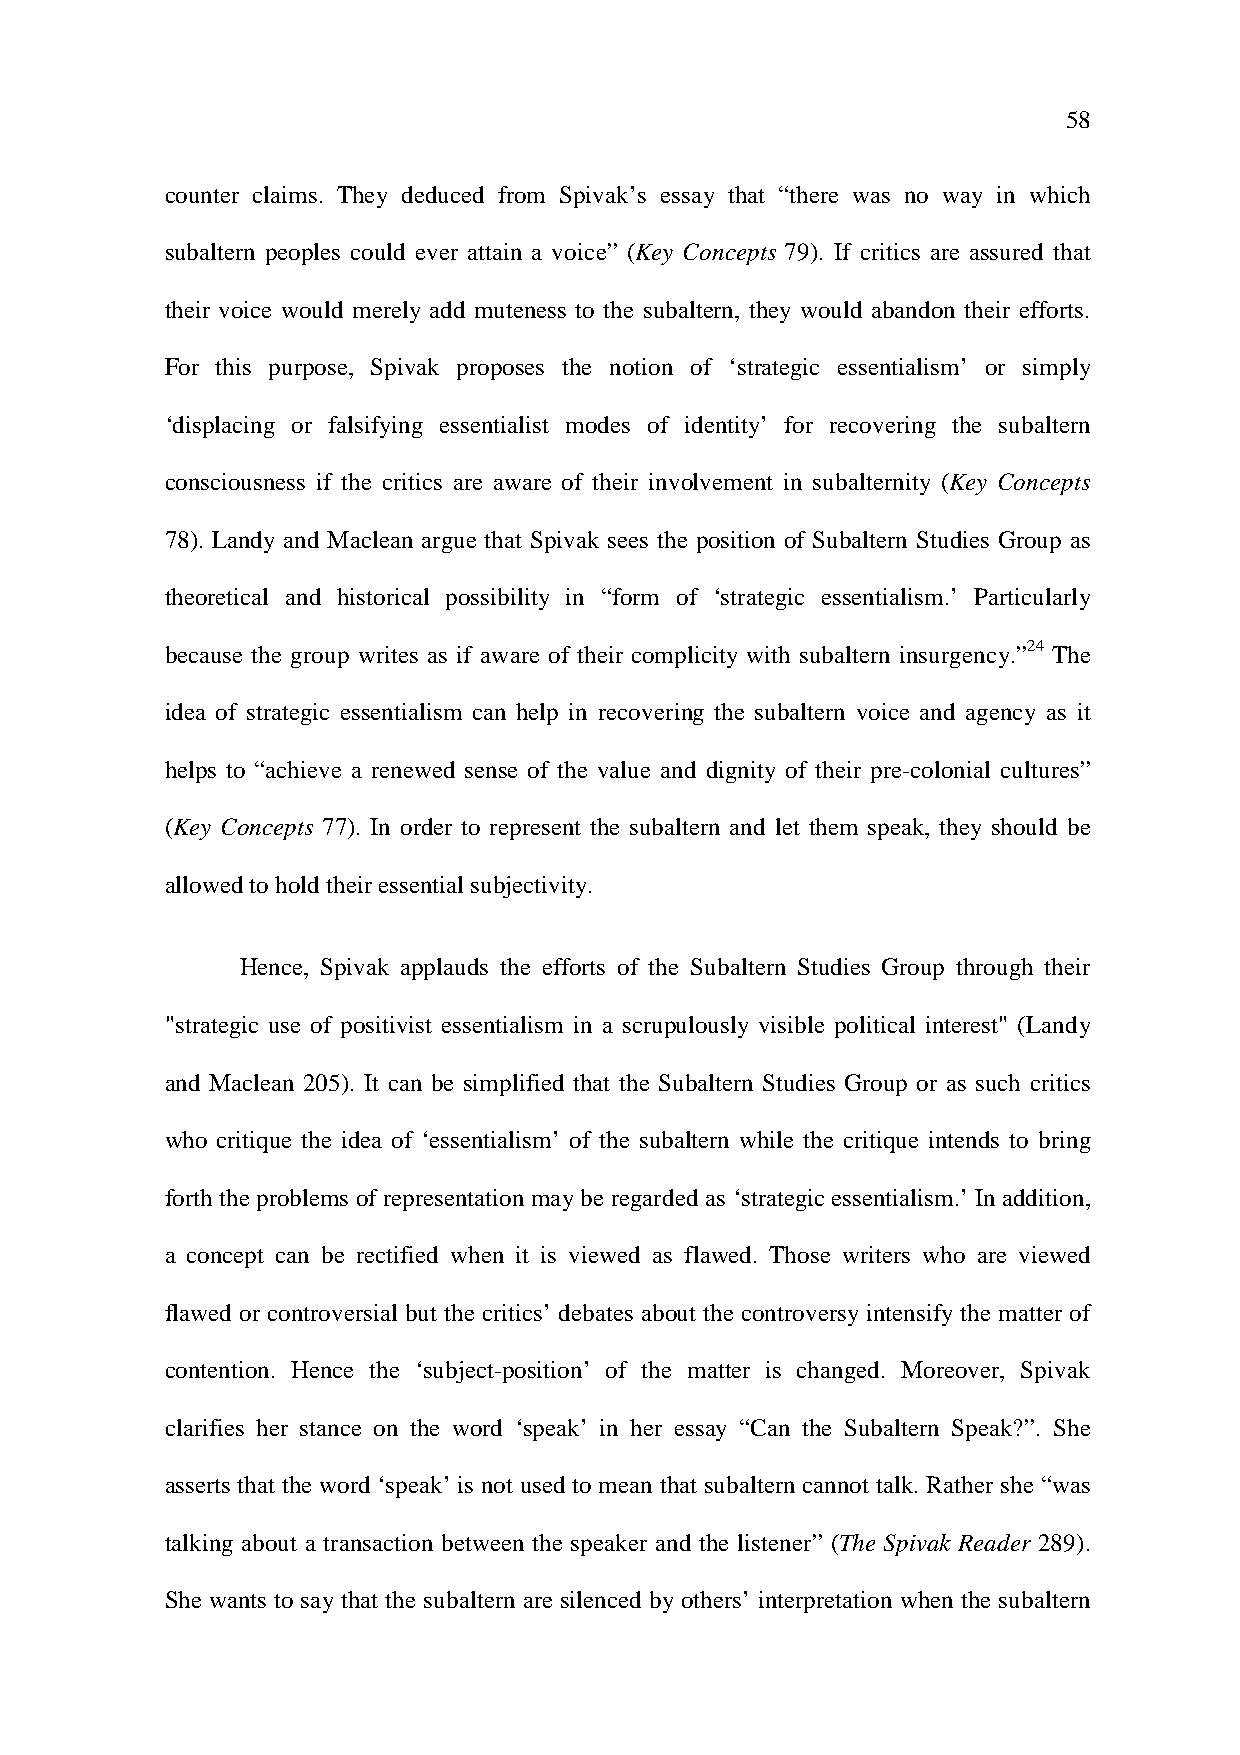
58
 counter claims. They deduced from Spivak’s essay that “there was no way in which
 subaltern peoples could ever attain a voice” (Key Concepts 79). If critics are assured that
 their voice would merely add muteness to the subaltern, they would abandon their efforts.
 For this purpose, Spivak proposes the notion of ‘strategic essentialism’ or simply
 ‘displacing or falsifying essentialist modes of identity’ for recovering the subaltern
 consciousness if the critics are aware of their involvement in subalternity (Key Concepts
 78). Landy and Maclean argue that Spivak sees the position of Subaltern Studies Group as
 theoretical and historical possibility in “form of ‘strategic essentialism.’ Particularly
 because the group writes as if aware of their complicity with subaltern insurgency.”24 The
 idea of strategic essentialism can help in recovering the subaltern voice and agency as it
 helps to “achieve a renewed sense of the value and dignity of their pre-colonial cultures”
 (Key Concepts 77 ). In order to represent the subaltern and let them speak, they should be
 allowed to hold their essential subjectivity.
 Hence, Spivak applauds the efforts of the Subaltern Studies Group through their
 "strategic use of positivist essentialism in a scrupulously visible political interest" (Landy
 and Maclean 205). It can be simplified that the Subaltern Studies Group or as such critics
 who critique the idea of ‘essentialism’ of the subaltern while the critique intends to bring
 forth the problems of representation may be regarded as ‘strategic essentialism.’ In addition,
 a concept can be rectified when it is viewed as flawed. Those writers who are viewed
 flawed or controversial but the critics’ debates about the controversy intensify the matter of
 contention. Hence the ‘subject-position’ of the matter is changed. Moreover, Spivak
 clarifies her stance on the word ‘speak’ in her essay “Can the Subaltern Speak?”. She
 asserts that the word ‘speak’ is not used to mean that subaltern cannot talk. Rather she “was
 talking about a transaction between the speaker and the listener” (The Spivak Reader 289).
 She wants to say that the subaltern are silenced by others’ interpretation when the subaltern